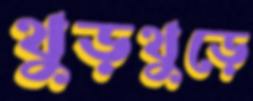
থুড়থুড়ে